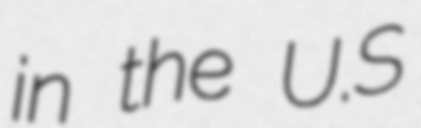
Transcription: in the U.S